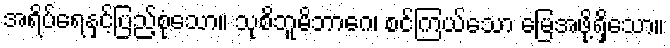
အရိပ်ရေနှင့်ပြည့်စုံသော။ သုစိဘူမိဘာဂေ၊ စင်ကြယ်သော မြေအဖို့ရှိသော။